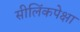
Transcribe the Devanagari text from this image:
सीलिंकपेक्षा